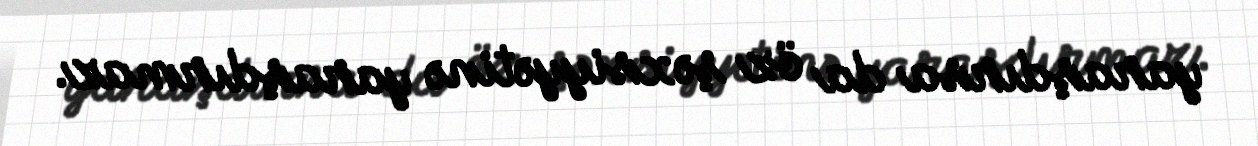
yaraşdırsa da öz şəxsiyyətinə yaraşdırmaz.